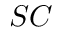
S C